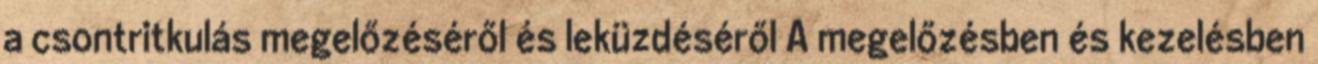
a csontritkulás megelőzéséről és leküzdéséről A megelőzésben és kezelésben